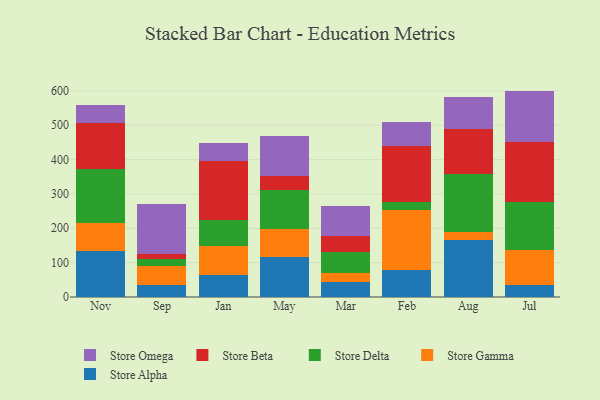
{"axis": {"x": "Month", "y": "Humidity (%)"}, "legend": ["Store Alpha", "Store Beta", "Store Delta", "Store Gamma", "Store Omega"], "data": [{"x": "Nov", "y": 134.0, "type": "Store Alpha"}, {"x": "Nov", "y": 82.5, "type": "Store Gamma"}, {"x": "Nov", "y": 155.8, "type": "Store Delta"}, {"x": "Nov", "y": 133.4, "type": "Store Beta"}, {"x": "Nov", "y": 53.4, "type": "Store Omega"}, {"x": "Sep", "y": 33.6, "type": "Store Alpha"}, {"x": "Sep", "y": 56.3, "type": "Store Gamma"}, {"x": "Sep", "y": 19.3, "type": "Store Delta"}, {"x": "Sep", "y": 14.9, "type": "Store Beta"}, {"x": "Sep", "y": 145.7, "type": "Store Omega"}, {"x": "Jan", "y": 63.5, "type": "Store Alpha"}, {"x": "Jan", "y": 84.9, "type": "Store Gamma"}, {"x": "Jan", "y": 77.1, "type": "Store Delta"}, {"x": "Jan", "y": 170.8, "type": "Store Beta"}, {"x": "Jan", "y": 52.2, "type": "Store Omega"}, {"x": "May", "y": 116.8, "type": "Store Alpha"}, {"x": "May", "y": 81.1, "type": "Store Gamma"}, {"x": "May", "y": 113.5, "type": "Store Delta"}, {"x": "May", "y": 42.1, "type": "Store Beta"}, {"x": "May", "y": 113.9, "type": "Store Omega"}, {"x": "Mar", "y": 43.6, "type": "Store Alpha"}, {"x": "Mar", "y": 26.6, "type": "Store Gamma"}, {"x": "Mar", "y": 59.4, "type": "Store Delta"}, {"x": "Mar", "y": 49.0, "type": "Store Beta"}, {"x": "Mar", "y": 87.4, "type": "Store Omega"}, {"x": "Feb", "y": 78.8, "type": "Store Alpha"}, {"x": "Feb", "y": 173.2, "type": "Store Gamma"}, {"x": "Feb", "y": 23.1, "type": "Store Delta"}, {"x": "Feb", "y": 163.5, "type": "Store Beta"}, {"x": "Feb", "y": 70.0, "type": "Store Omega"}, {"x": "Aug", "y": 164.6, "type": "Store Alpha"}, {"x": "Aug", "y": 25.3, "type": "Store Gamma"}, {"x": "Aug", "y": 167.4, "type": "Store Delta"}, {"x": "Aug", "y": 131.6, "type": "Store Beta"}, {"x": "Aug", "y": 92.3, "type": "Store Omega"}, {"x": "Jul", "y": 34.1, "type": "Store Alpha"}, {"x": "Jul", "y": 101.3, "type": "Store Gamma"}, {"x": "Jul", "y": 141.0, "type": "Store Delta"}, {"x": "Jul", "y": 175.7, "type": "Store Beta"}, {"x": "Jul", "y": 147.9, "type": "Store Omega"}]}